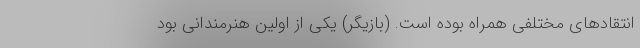
انتقادهای مختلفی همراه بوده است. (بازیگر) یکی از اولین هنرمندانی بود